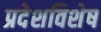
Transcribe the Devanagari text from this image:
प्रदेशविशेष